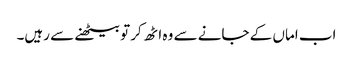
اب اماں کے جانے سے وہ اٹھ کر تو بیٹھنے سے رہیں۔